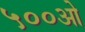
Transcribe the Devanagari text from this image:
५००ओ